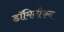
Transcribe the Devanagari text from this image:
डॉमिनीकन